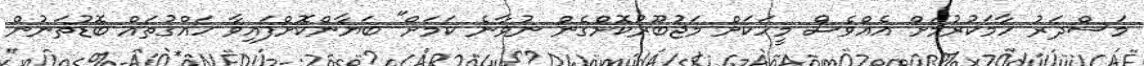
މަސްދަރު ހާމަކުރުމަށް އެއްވެސް މީހަކަށް މަޖުބޫރުކޮށްގެން ނުވާނެ ކަމަށް" ބަޔާންކޮށްފައިވާ ހައްގުތައް ބޮޑުތަނުން